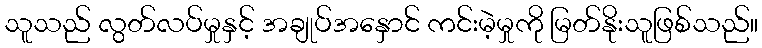
သူသည် လွတ်လပ်မှုနှင့် အချုပ်အနှောင် ကင်းမဲ့မှုကို မြတ်နိုးသူဖြစ်သည်။